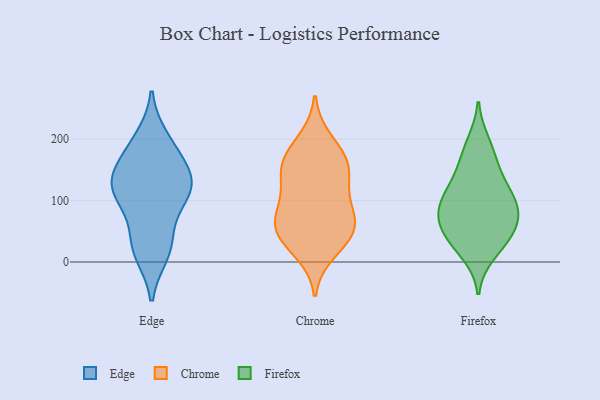
{"axis": {"x": "Backlog", "y": "Value"}, "legend": ["Chrome", "Edge", "Firefox"], "data": [{"x": "", "y": 121, "type": "Edge"}, {"x": "", "y": 200, "type": "Edge"}, {"x": "", "y": 137, "type": "Edge"}, {"x": "", "y": 34, "type": "Edge"}, {"x": "", "y": 15, "type": "Edge"}, {"x": "", "y": 113, "type": "Edge"}, {"x": "", "y": 131, "type": "Edge"}, {"x": "", "y": 26, "type": "Edge"}, {"x": "", "y": 184, "type": "Edge"}, {"x": "", "y": 94, "type": "Edge"}, {"x": "", "y": 163, "type": "Edge"}, {"x": "", "y": 119, "type": "Edge"}, {"x": "", "y": 151, "type": "Chrome"}, {"x": "", "y": 129, "type": "Chrome"}, {"x": "", "y": 53, "type": "Chrome"}, {"x": "", "y": 171, "type": "Chrome"}, {"x": "", "y": 150, "type": "Chrome"}, {"x": "", "y": 17, "type": "Chrome"}, {"x": "", "y": 65, "type": "Chrome"}, {"x": "", "y": 165, "type": "Chrome"}, {"x": "", "y": 53, "type": "Chrome"}, {"x": "", "y": 91, "type": "Chrome"}, {"x": "", "y": 36, "type": "Chrome"}, {"x": "", "y": 58, "type": "Chrome"}, {"x": "", "y": 198, "type": "Chrome"}, {"x": "", "y": 97, "type": "Chrome"}, {"x": "", "y": 31, "type": "Firefox"}, {"x": "", "y": 175, "type": "Firefox"}, {"x": "", "y": 67, "type": "Firefox"}, {"x": "", "y": 85, "type": "Firefox"}, {"x": "", "y": 195, "type": "Firefox"}, {"x": "", "y": 103, "type": "Firefox"}, {"x": "", "y": 101, "type": "Firefox"}, {"x": "", "y": 133, "type": "Firefox"}, {"x": "", "y": 108, "type": "Firefox"}, {"x": "", "y": 58, "type": "Firefox"}, {"x": "", "y": 38, "type": "Firefox"}, {"x": "", "y": 53, "type": "Firefox"}, {"x": "", "y": 82, "type": "Firefox"}, {"x": "", "y": 150, "type": "Firefox"}, {"x": "", "y": 13, "type": "Firefox"}]}